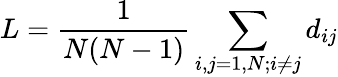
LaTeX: L=\frac{1}{N(N-1)}\sum_{i,j=1,N;i\ne j}d_{ij}